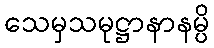
သေမှသမုဋ္ဌာနာနမ္ပိ